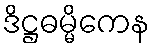
ဒိဋ္ဌဓမ္မိကေန